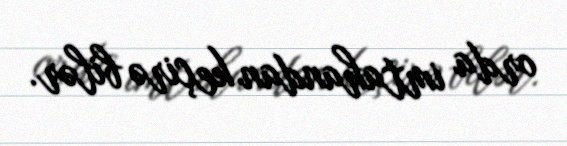
orda imtahandan keçirə bilər.